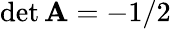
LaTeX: \operatorname*{det}\mathbf{A}=-1/2